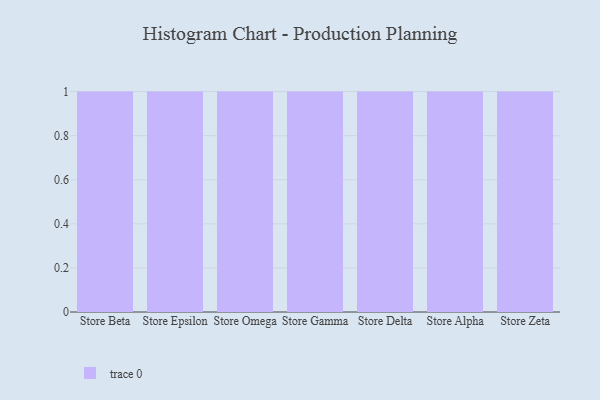
{"axis": {"x": "Store", "y": "Page Views"}, "legend": [""], "data": [{"x": "Store Beta", "y": 90, "type": ""}, {"x": "Store Epsilon", "y": 85, "type": ""}, {"x": "Store Omega", "y": 45, "type": ""}, {"x": "Store Gamma", "y": 52, "type": ""}, {"x": "Store Delta", "y": 67, "type": ""}, {"x": "Store Alpha", "y": 33, "type": ""}, {"x": "Store Zeta", "y": 67, "type": ""}]}